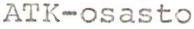
ATK-osasto